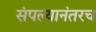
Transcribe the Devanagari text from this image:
संपल्यानंतरच